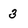
Character: 3